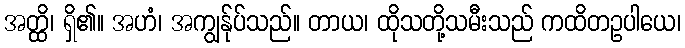
အတ္ထိ၊ ရှိ၏။ အဟံ၊ အကျွန်ုပ်သည်။ တာယ၊ ထိုသတို့သမီးသည် ကထိတဥပါယေ၊